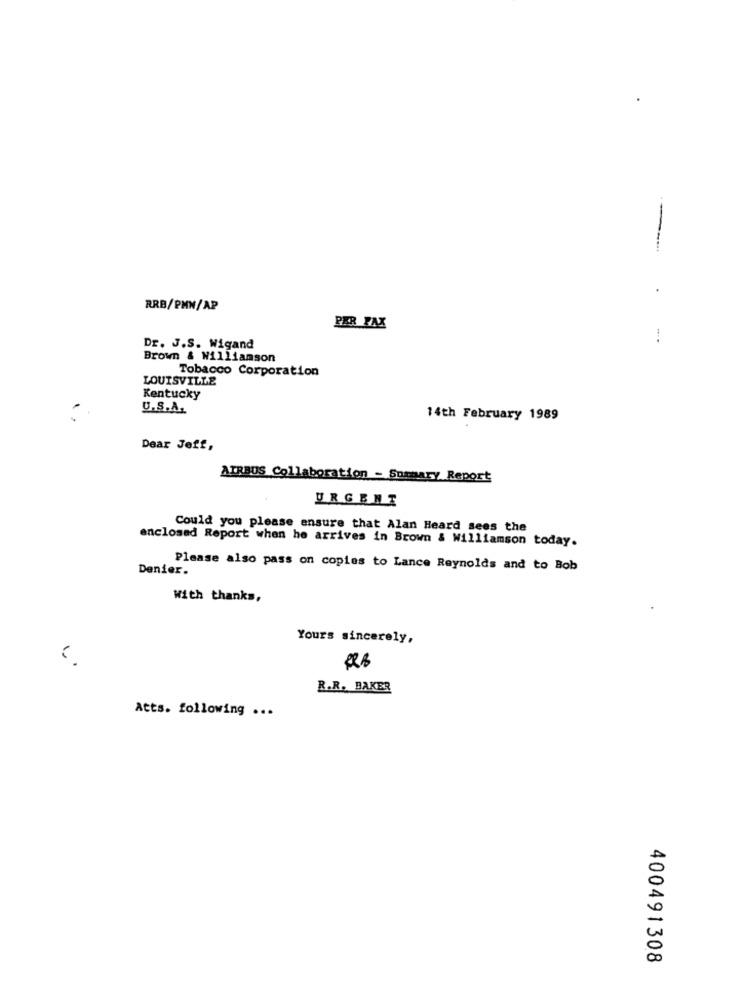
---
RRB/PMW/AP
PER FAX
Dr. J.S. Wigand
Brown & Williamson
Tobacco Corporation
LOUISVILLE
Kentucky
U.S.A.
14th February 1989
Dear Jeff,
AIRBUS Collaboration - Summary Report
URGENT
Could you please ensure that Alan Heard sees the
enclosed Report when he arrives in Brown & Williamson today.
Denier.
Please also pass on copies to Lance Reynolds and to Bob
With thanks,
Yours sincerely,
R.R. BAKER
Atts. following ...
400491308